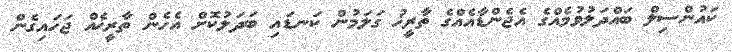
ކައުންސިލް ބައްދަލުވުމެއްގެ އެޖެންޑާއެއްގެ ތާރީޚު ގަލަމުން ކަނޑައި ބަދަލުކޮށް އެހެން ތާރީޚެއް ޖަހައިގެން